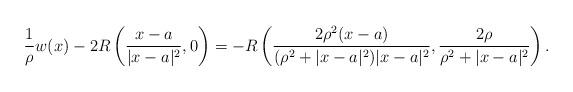
LaTeX: \begin{align*} \frac{1}{\rho} w(x)- 2R\left(\frac{x-a}{|x-a|^2},0 \right)= -R \left( \frac{2\rho^2 (x-a)}{(\rho^2+|x-a|^2)|x-a|^2}, \frac{2\rho}{\rho^2+|x-a|^2} \right). \end{align*}